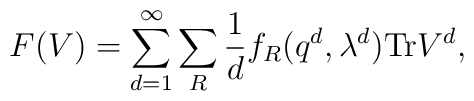
F(V)=\sum_{d=1}^\infty \sum_R {1\over d} f_R(q^d,\lambda^d) {\rm Tr} V^d,